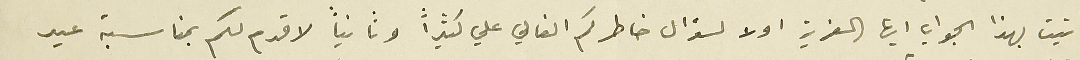
اتيت بهذا الجواب ايها العزيز اولا لسؤال خاطركم الغالي علي كثيراً وثانياً لاقدم لكم بمناسبة عيد